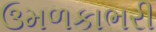
ઉમળકાભરી